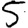
Digit: 5